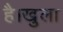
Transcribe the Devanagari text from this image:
है।खुला